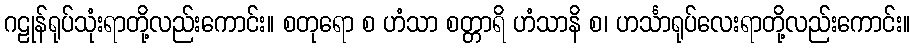
ဂဠုန်ရုပ်သုံးရာတို့လည်းကောင်း။ စတုရော စ ဟံသာ စတ္တာရိ ဟံသာနိ စ၊ ဟင်္သာရုပ်လေးရာတို့လည်းကောင်း။